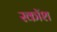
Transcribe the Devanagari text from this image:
स्कॉश